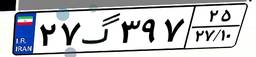
۱۵گ۹۵۶۲۵